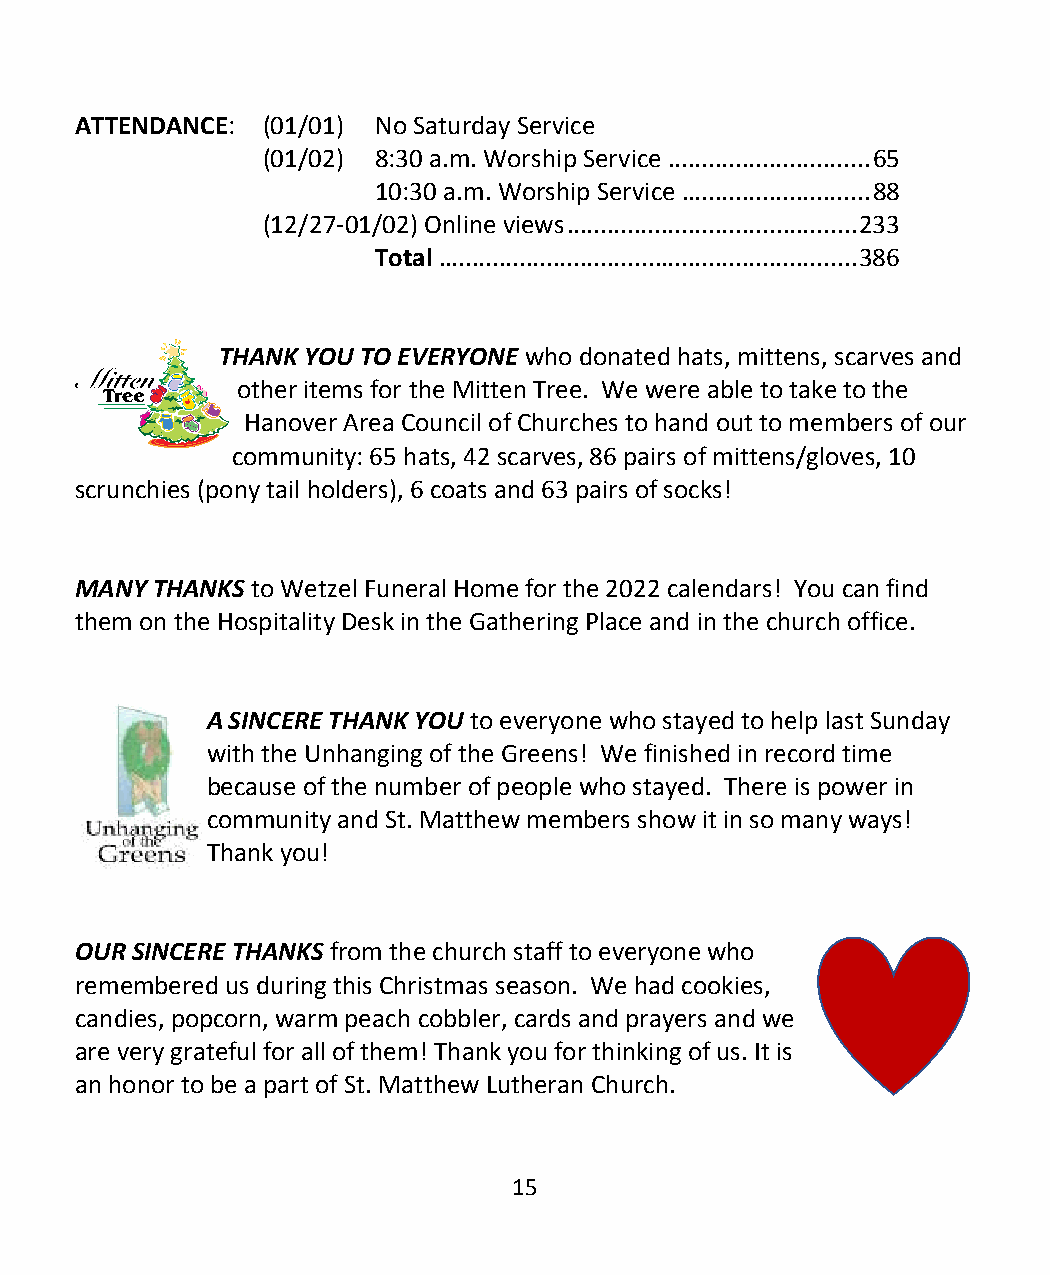
ATTENDANCE: (01/01) No Saturday Service
 (01/02) 8:30 a.m. Worship Service .............................. 65
 10:30 a.m. Worship Service ............................ 88
 (12/27-01/02) Online views ........................................... 233
 Total .............................................................. 386
 THANK YOU TO EVERYONE who donated hats, mittens, scarves and
 other items for the Mitten Tree. We were able to take to the
 Hanover Area Council of Churches to hand out to members of our
 community: 65 hats, 42 scarves, 86 pairs of mittens/gloves, 10
 scrunchies (pony tail holders), 6 coats and 63 pairs of socks!
 MANY THANKS to Wetzel Funeral Home for the 2022 calendars! You can find
 them on the Hospitality Desk in the Gathering Place and in the church office.
 A SINCERE THANK YOU to everyone who stayed to help last Sunday
 with the Unhanging of the Greens! We finished in record time
 because of the number of people who stayed. There is power in
 community and St. Matthew members show it in so many ways!
 Thank you!
 OUR SINCERE THANKS from the church staff to everyone who
 remembered us during this Christmas season. We had cookies,
 candies, popcorn, warm peach cobbler, cards and prayers and we
 are very grateful for all of them! Thank you for thinking of us. It is
 an honor to be a part of St. Matthew Lutheran Church.
 15